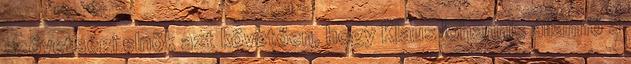
szövetségi elnök azt követően, hogy Klaus Iohannis államfő a